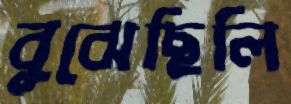
বুঝেছিলি